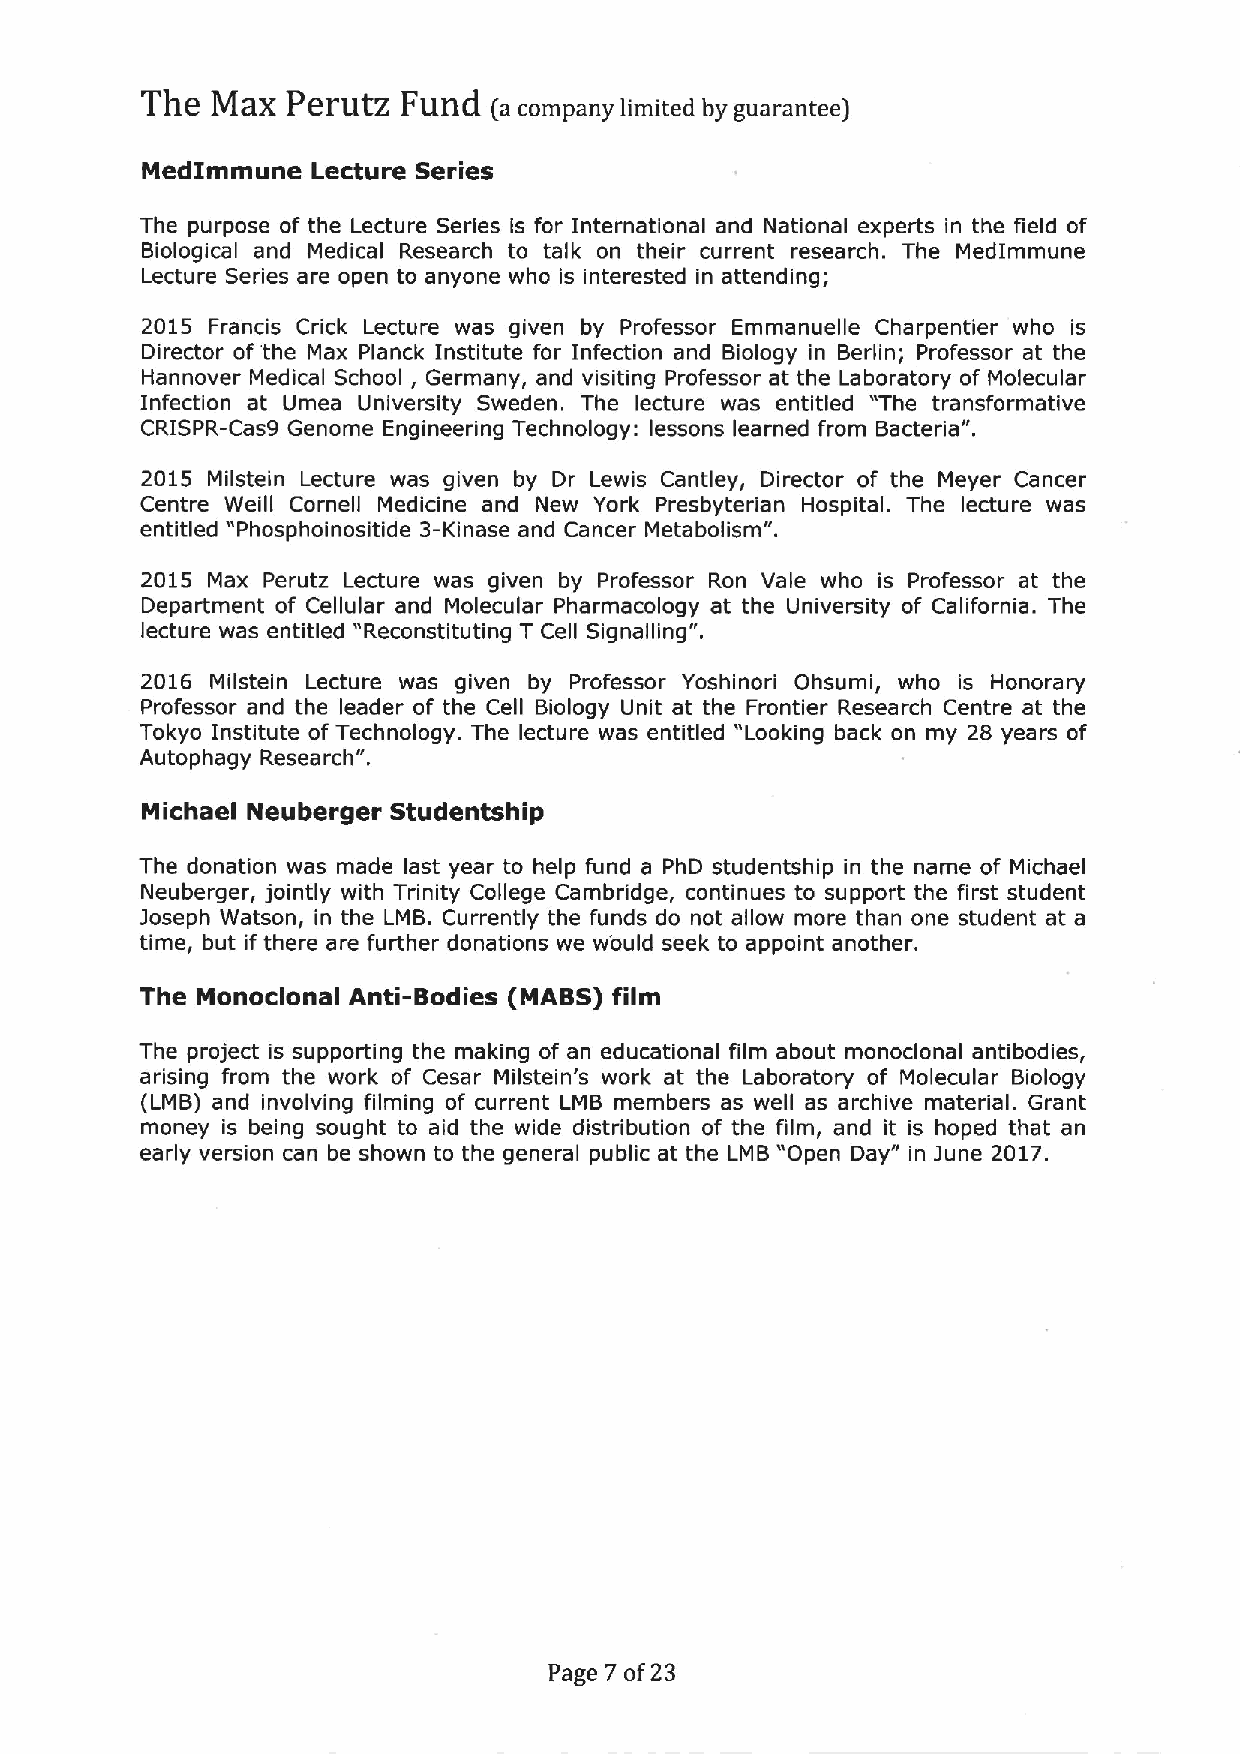
The  Maz  PerutZ  Fund
 (a company limited by guarantee)
 MedImmune   Lecture Series
 The purpose of the Lecture Series is for International and National experts in the field of
 Biological and Medical Research to talk on their current research. The MedImmune
 Lecture Series are open to anyone who is interested in attending;
 2015 Francis Crick Lecture was given by Professor Emmanuelle Charpentier who is
 Director of'the Max Planck Institute for Infection and Biology in Berlin; Professor at the
 Hannover Medical School, Germany, and visiting Professor at the Laboratory of Molecular
 Infection at Umea University Sweden. The lecture was entitled "The transformative
 CRISPR-Casg Genome Engineering Technology: lessons learned from Bacteria".
 2015 Milstein Lecture was given by Dr Lewis Cantley, Director of the Meyer Cancer
 Centre Weill Cornell Medicine and New York Presbyterian Hospital. The lecture was
 entitled "Phosphoinositide 3-Kinase and Cancer Metabolism".
 2015 Max Perutz Lecture was given by Professor Ron Vale who is Professor at the
 Department of Cellular and Molecular Pharmacology at the University of California. The
 lecture was entitled "Reconstituting T Cell Signalling".
 2016 Milstein Lecture was given by Professor Yoshinori Ohsumi, who is Honorary
 Professor and the leader of the Cell Biology Unit at the Frontier Research Centre at the
 Tokyo Institute of Technology. The lecture was entitled "Looking back on my 28 years of
 Autophagy Research".
 Michael Neuberger Studentship
 The donation was made last year to help fund a PhD studentship in the name of Michael
 Neuberger, jointly with Trinity College Cambridge, continues to support the first student
 Joseph Watson, in the LMB. Currently the funds do not allow more than one student at a
 time, but if there are further donations we w'ould seek to appoint another.
 The Monoclonal Anti-Bodies (MABS) film
 The project is supporting the making of an educational film about monoclonal antibodies,
 arising from the work of Cesar Milstein's work at the Laboratory of Molecular Biology
 (LMB) and involving filming of current LMB members as well as archive material. Grant
 money is being sought to aid the wide distribution of the film, and it is hoped that an
 early version can be shown to the general public at the LMB "Open Day" in June 2017.
 Page 7 of23